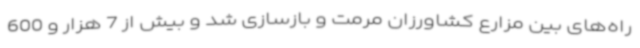
راه‌های بین مزارع کشاورزان مرمت و بازسازی شد و بیش از 7 هزار و 600